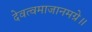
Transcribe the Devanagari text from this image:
देवत्वमाजानमग्रे॥